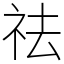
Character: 祛